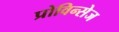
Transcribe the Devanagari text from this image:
प्रोविन्सेज